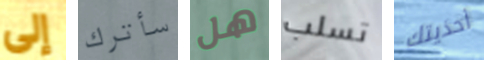
إلى سأترك هل تسلب أحذيتك